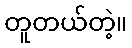
တူတယ်တဲ့။